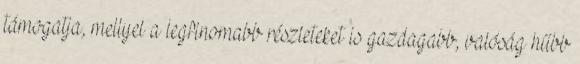
támogatja, mellyel a legfinomabb részleteket is gazdagabb, valóság hűbb